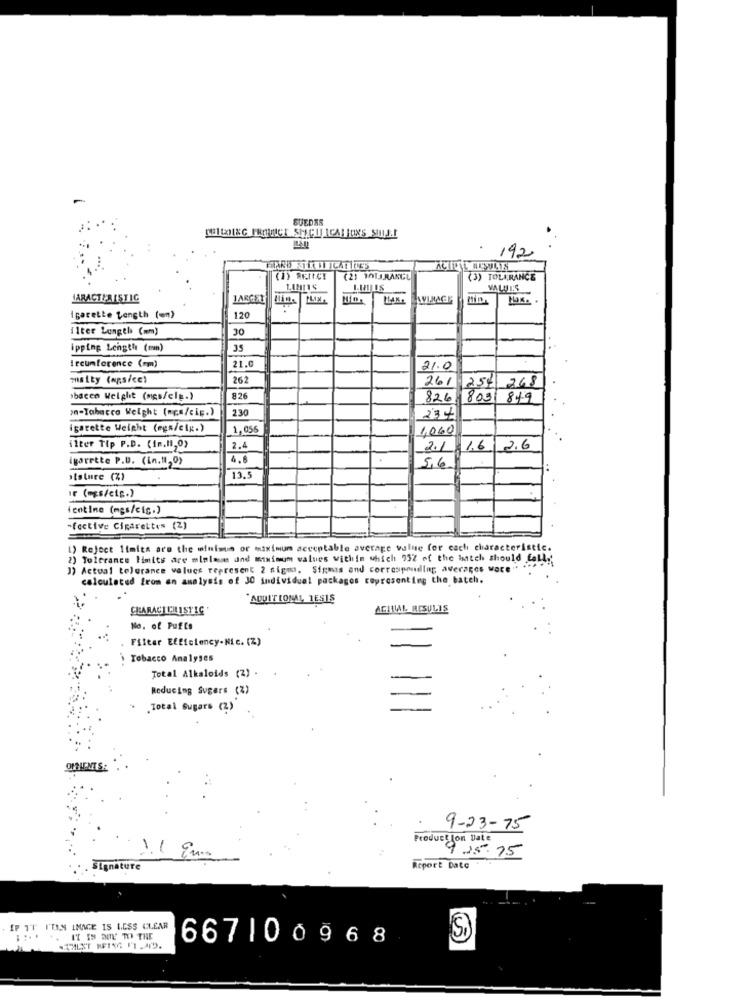
SUEDES
192
(3) TOLERANCE
VALUES
HARACTERISTIC
igarette Length (en)
120
ilter Lungth (nm)
30
ipping Length (mm)
35
lecumference (mm)
21.0
21.0
maity (ans/cc)
262
261
25%
268
*bacco Weight (mes/clg.)
826
826
849
>-Tabacco Weight (ngs/cip.)
230
234
igarette Weight (egs/cig.)
1,056
1.060
ilter Tip P.D. (in.Il,0)
2.4
2.1
1.6 2.6
igarette P.D. (in.11,0)
4.6
.
5,6
stature (%)
13.5
if (mes/etc.)
ientine (mgs/cig.)
-fective Cigarettes (2)
1) Reject limits are the minimum or maximum acceptable average value for each characteristic.
2) Tolerance limits are miplaue and maximum values within which 75% of the batch should fall.
3) Actual tolerance values represent 2 sigm. Sigmas and corresponding averages ware "
calculated from an analysis of 30 individual packages representing the batch.
AQUIT LOMAL, TESIS
CHARACTERISTIC
AGILIAL RESULTS
No. of Puffs
Filter Efficiency-Nic. (Z)
Tobacco Analyses
Total Alkaloids (2) .
Reducing Sugers (%)
.Total Sugars (2)
OFHUNTS:
9-23-75
Production Date
9 25.75
. Signature
Report Date
IF IT FINS IMAGE IS LESS CLEAR
667100968
HILST NING PL.AD.